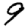
Digit: 9